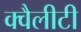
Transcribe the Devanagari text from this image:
क्वैलीटी